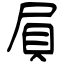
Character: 屓